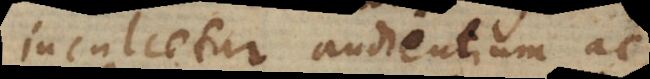
inculcetur audientium ac